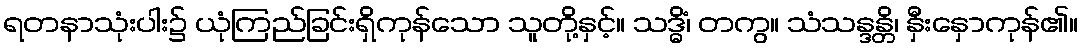
ရတနာသုံးပါး၌ ယုံကြည်ခြင်းရှိကုန်သော သူတို့နှင့်။ သဒ္ဓိံ၊ တကွ။ သံသန္ဒန္တိ၊ နှီးနှောကုန်၏။